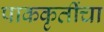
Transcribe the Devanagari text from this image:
पाककृतींचा